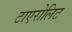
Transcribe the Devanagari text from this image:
टाएरोलिट